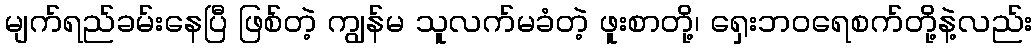
မျက်ရည်ခမ်းနေပြီ ဖြစ်တဲ့ ကျွန်မ သူလက်မခံတဲ့ ဖူးစာတို့၊ ရှေးဘဝရေစက်တို့နဲ့လည်း